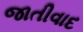
જાતીવાદ